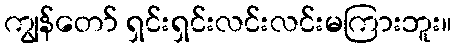
ကျွန်တော် ရှင်းရှင်းလင်းလင်းမကြားဘူး။